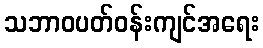
သဘာဝပတ်ဝန်းကျင်အရေး